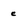
Character: c